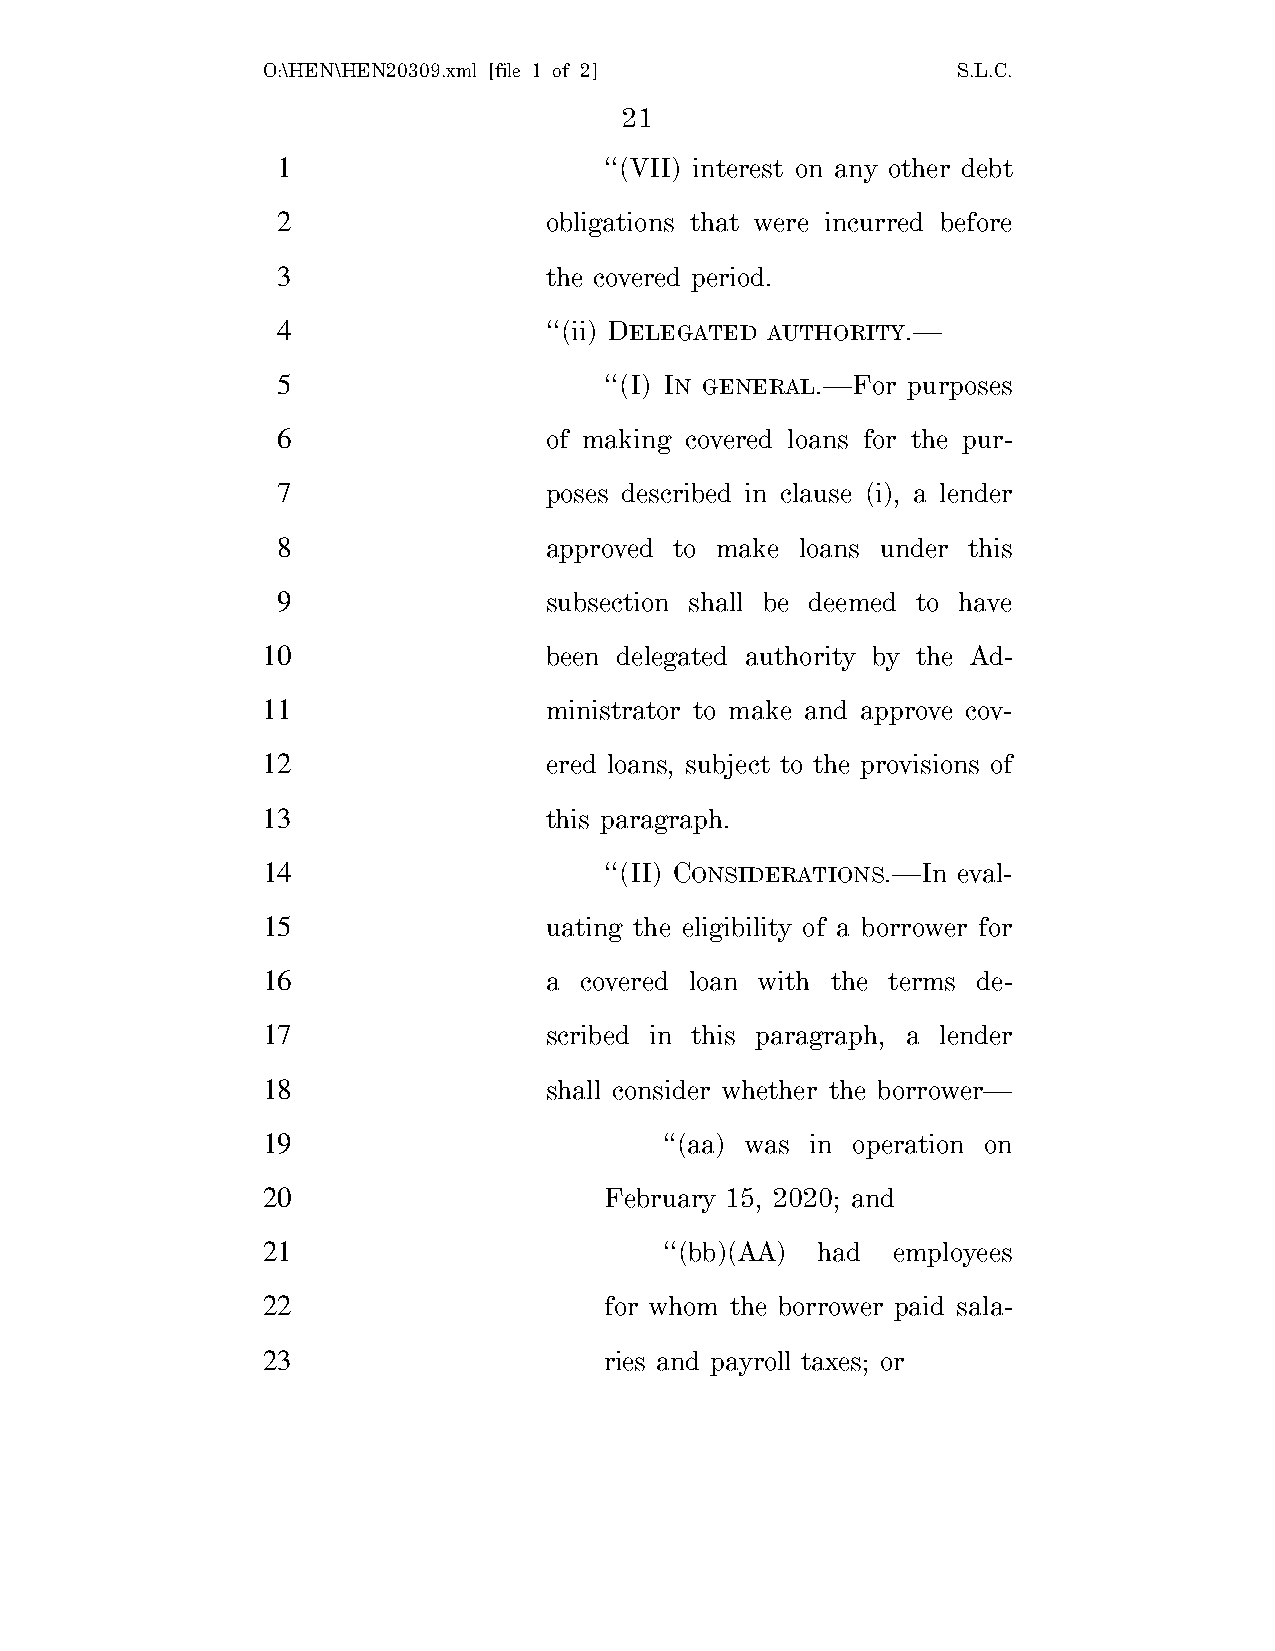
O:\HEN\HEN20309.xml [file 1 of 2]             S.L.C.
 21
 1                     ‘‘(VII) interest on any other debt
 2                 obligations that were incurred before
 3                 the covered period.
 4                 ‘‘(ii) DELEGATED AUTHORITY.—
 5                     ‘‘(I) IN GENERAL.—For purposes
 6                 of making covered loans for the pur-
 7                 poses described in clause (i), a lender
 8                 approved to make loans under this
 9                 subsection shall be deemed to have
 10                 been delegated authority by the Ad-
 11                 ministrator to make and approve cov-
 12                 ered loans, subject to the provisions of
 13                 this paragraph.
 14                     ‘‘(II) CONSIDERATIONS.—In eval-
 15                 uating the eligibility of a borrower for
 16                 a covered loan with the terms de-
 17                 scribed in this paragraph, a lender
 18                 shall consider whether the borrower—
 19                         ‘‘(aa) was in operation on
 20                     February 15, 2020; and
 21                         ‘‘(bb)(AA) had employees
 22                     for whom the borrower paid sala-
 23                     ries and payroll taxes; or